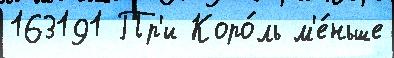
163191 Пр'и Коро́ль м'е́ньше